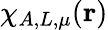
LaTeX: \chi_{A,L,\mu}(\mathbf{r})